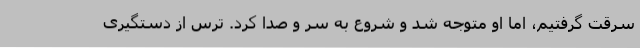
سرقت گرفتیم، اما او متوجه شد و شروع به سر و صدا کرد. ترس از دستگیری